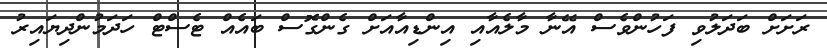
ރަށަށް ބަދަލުވި ފަހުންވެސް އޭނާ މާލެއާއި އިންޑިއާއަށް ގެންގޮސް ބައެއް ޓެސްޓް ހަދަމުންދިޔައިރު